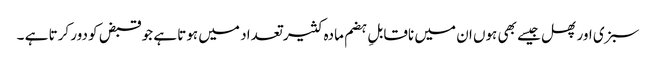
سبزی اور پھل جیسے بھی ہوں ان میں ناقابلِ ہضم مادہ کثیر تعداد میں ہوتا ہے جو قبض کو دور کرتا ہے ۔